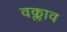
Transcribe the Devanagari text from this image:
वक्लाव